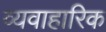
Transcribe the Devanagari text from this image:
व्यवाहारिक